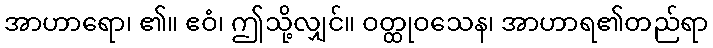
အာဟာရော၊ ၏။ ဧဝံ၊ ဤသို့လျှင်။ ဝတ္ထုဝသေန၊ အာဟာရ၏တည်ရာ